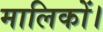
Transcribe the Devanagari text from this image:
मालिकों।